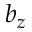
b _ { z }